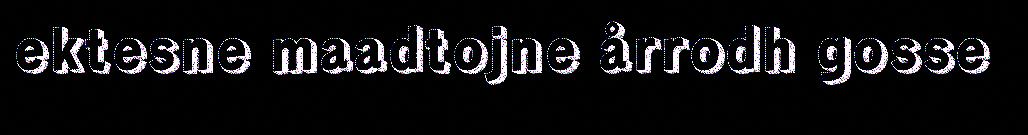
ektesne maadtojne årrodh gosse